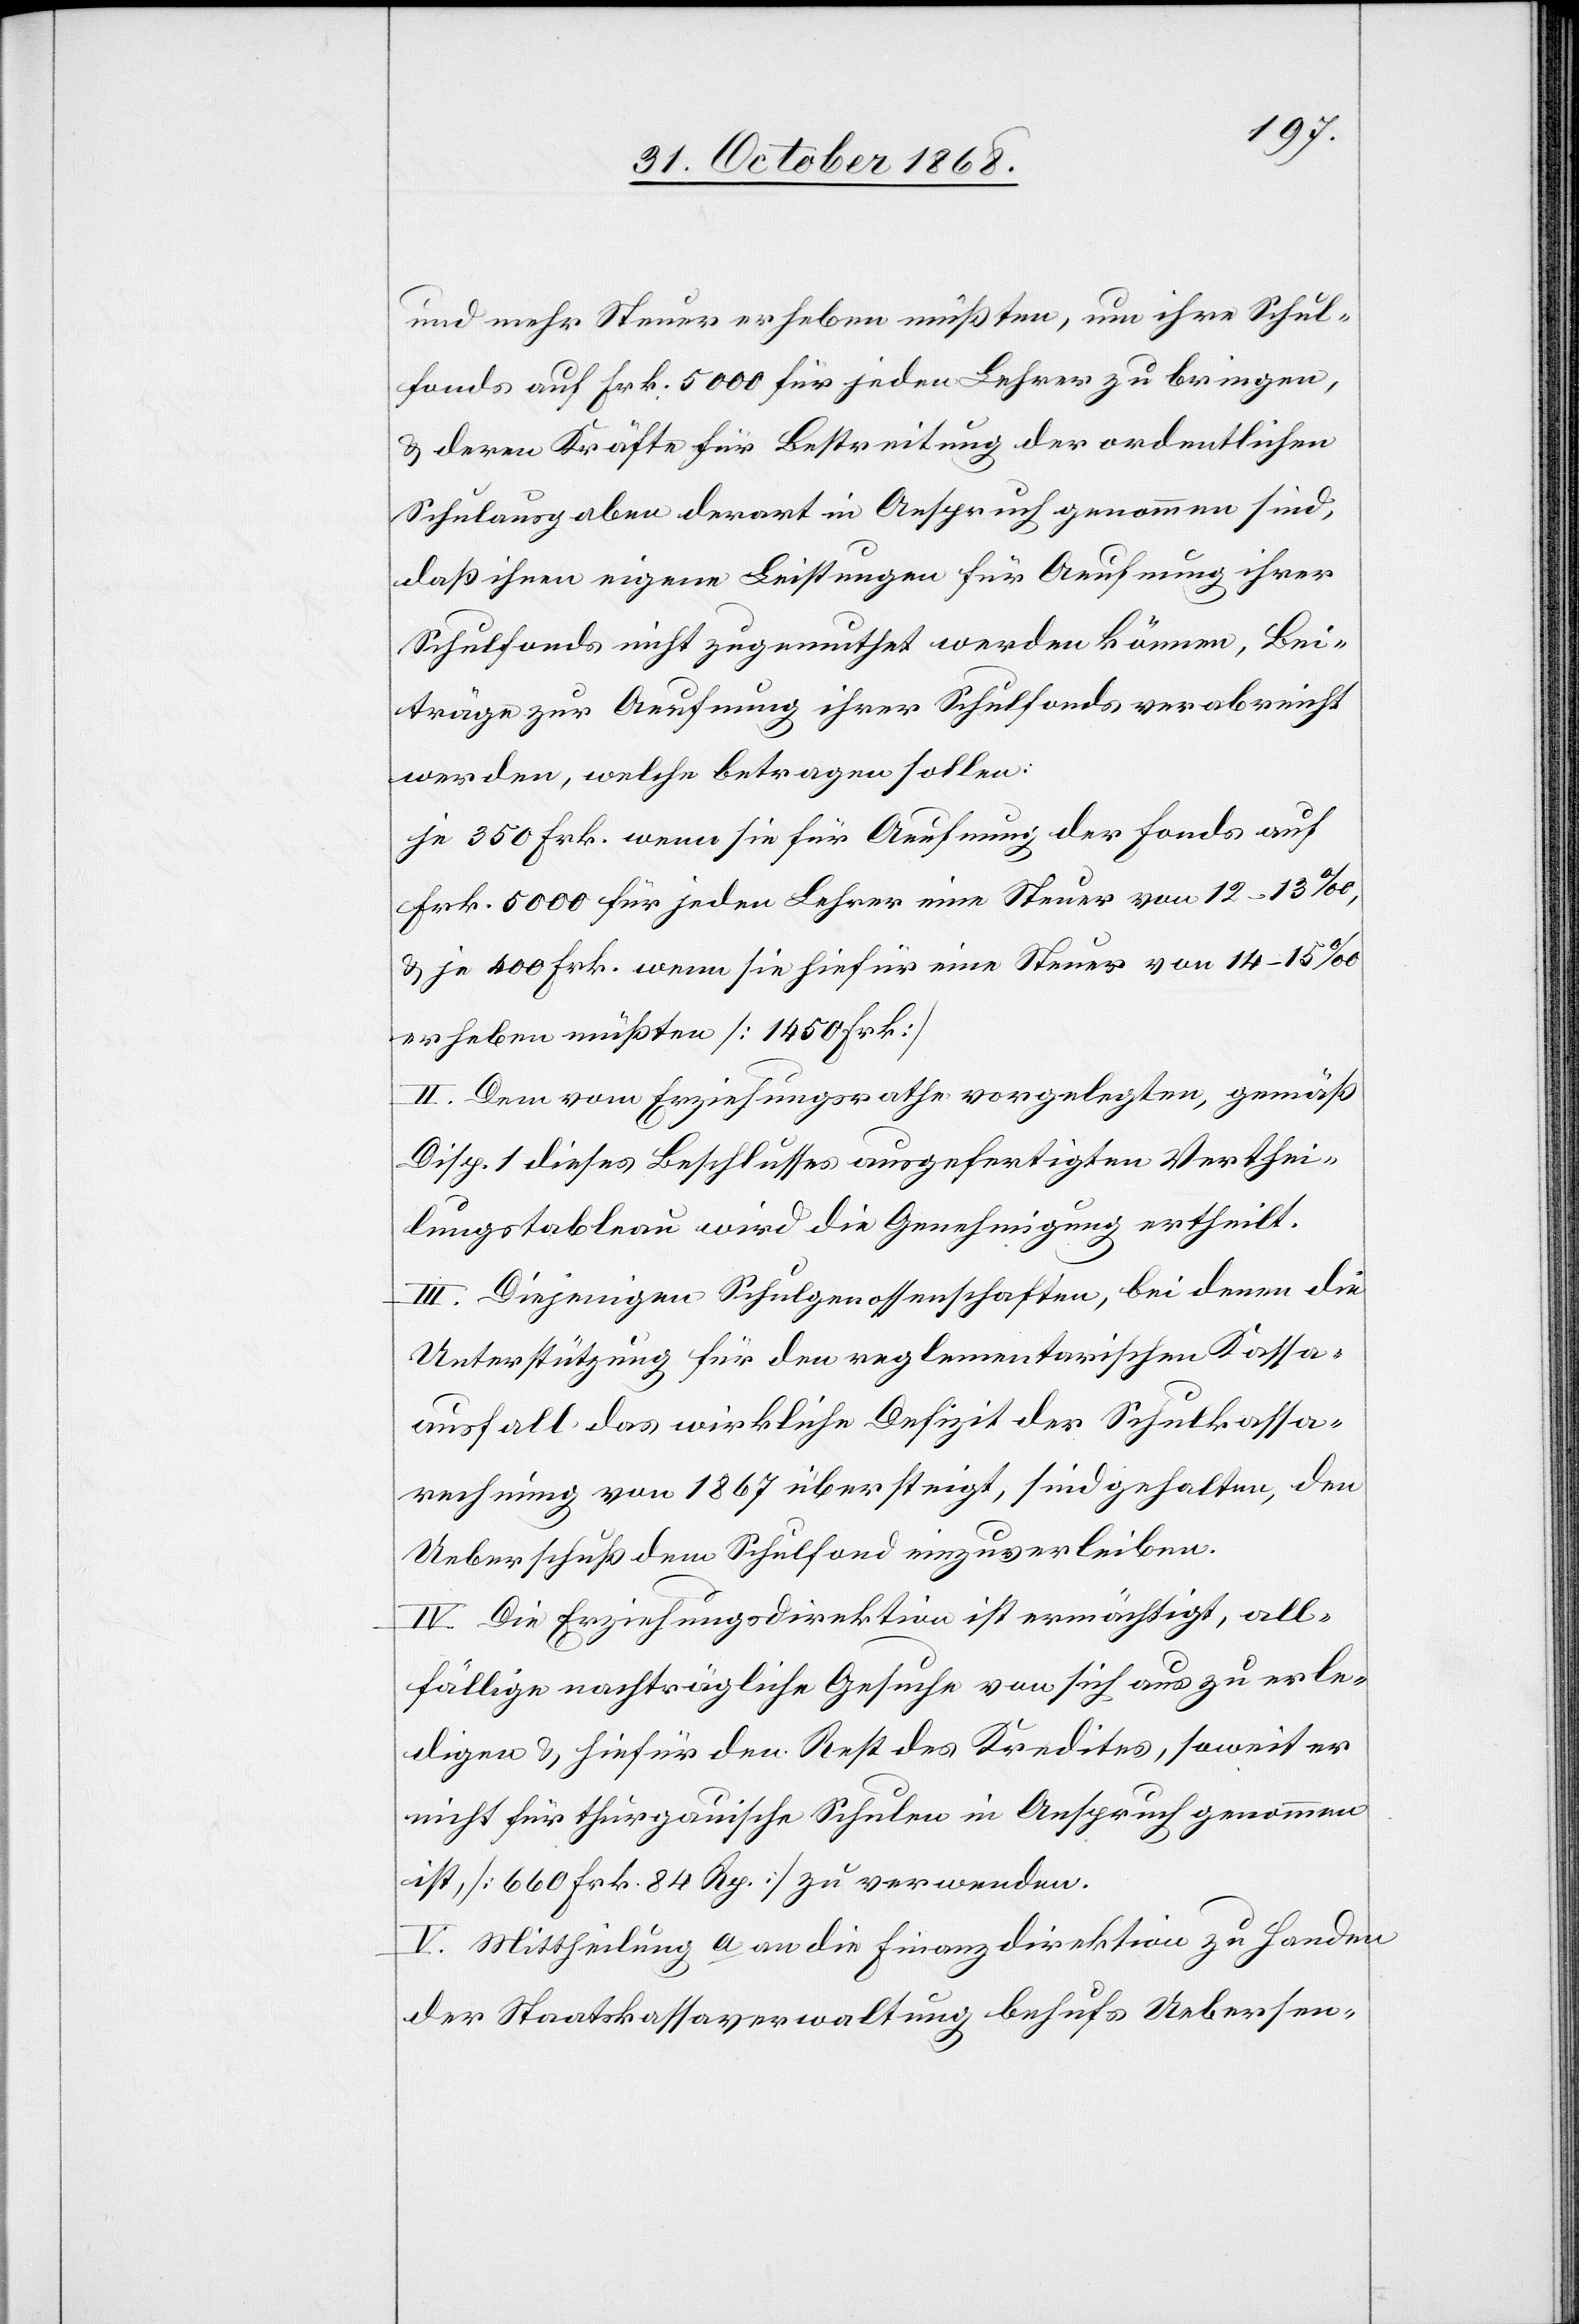
und mehr Steuer erheben müßten, um ihre Schul¬
fonds auf Frk. 5000 für jeden Lehrer zu bringen,
& deren Kräfte für Bestreitung der ordentlichen
Schulausgaben derart in Anspruch genommen sind,
daß ihnen eigene Leistungen für Aeufnung ihrer
Schulfonds nicht zugemuthet werden können, Bei¬
träge zur Aeufnung ihrer Schulfonds verabreicht
werden, welche betragen sollen:
je 350 Frk. wenn sie für Aeufnung der Fonds auf
Frk. 5000 für jeden Lehrer eine Steuer von 12–13‰,
& je 400 Frk. wenn sie hiefür eine Steuer von 14–15‰
erheben müßten [1450 Frk.]
II. Dem vom Erziehungsrathe vorgelegten, gemäß
Disp. 1 dieses Beschlusses ausgefertigten Verthei¬
lungstableau wird die Genehmigung ertheilt.
III. Diejenigen Schulgenossenschaften, bei denen die
Unterstützung für den reglementarischen Kassa¬
ausfall das wirkliche Defizit der Schulkassa¬
rechnung von 1867 übersteigt, sind gehalten, den
Ueberschuß dem Schulfond einzuverleiben.
IV. Die Erziehungsdirektion ist ermächtigt, all¬
fällige nachträgliche Gesuche von sich aus zu erle¬
digen & hiefür den Rest des Kredites, soweit er
nicht für thurgauische Schulen in Anspruch genommen
ist, [660 Frk. 84 Rp.] zu verwenden.
V. Mittheilung a. an die Finanzdirektion zu Handen
der Staatskassaverwaltung behufs Uebersen-